Document type: Enfranchisement
Year: 1297
Scribe: Jaume de Trilla
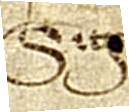
Sig